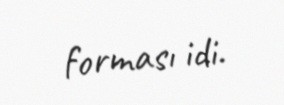
forması idi.